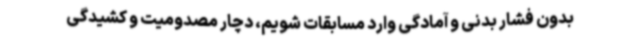
بدون فشار بدنی و آمادگی وارد مسابقات شویم، دچار مصدومیت و کشیدگی